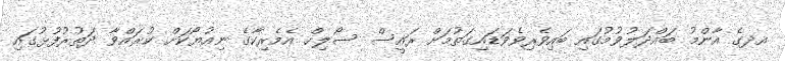
އދގެ އާންމު ބައްދަލުވުމުގައި ބައިވެރިވެވަޑައިގަތުމަށް ރައީސް ސޯލިހް އެމެރިކާގެ ނިއުޔޯކަށް ކުރައްވާ ދަތުރުފުޅުގައި